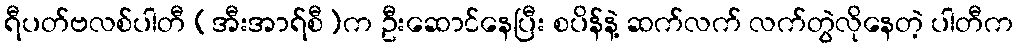
ရီပတ်ဗလစ်ပါတီ (အီးအာရ်စီ)က ဦးဆောင်နေပြီး စပိန်နဲ့ ဆက်လက် လက်တွဲလိုနေတဲ့ ပါတီက